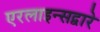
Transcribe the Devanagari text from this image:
एरलाइन्सद्वारे